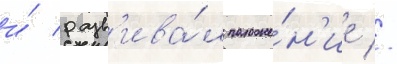
и́ разв'ива́л положе́н'ие //